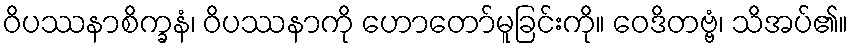
ဝိပဿနာစိက္ခနံ၊ ဝိပဿနာကို ဟောတော်မူခြင်းကို။ ဝေဒိတဗ္ဗံ၊ သိအပ်၏။